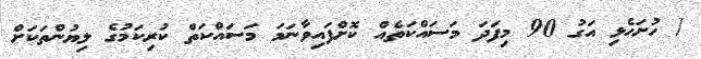
/ ހުށަހެޅި އަގު 90 މިފަދަ މަސައްކަތެއް ކޮށްފައިވާނަމަ މަސައްކަތް ކުރިކަމުގެ ލިޔުންތަކަށް